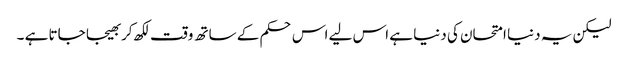
لیکن یہ دنیا امتحان کی دنیا ہے اس لیے اس حکم کے ساتھ وقت لکھ کر بھیجا جاتا ہے ۔